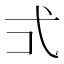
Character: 𭚡